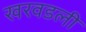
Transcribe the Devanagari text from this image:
खरवडली